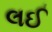
લઈ